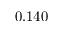
0 . 1 4 0